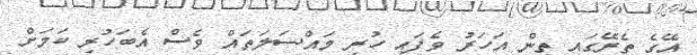
އޭގެ ތެރޭގައި ތިން އަހަރު ވެފައި ހުރި މައްސަލަތައް ވެސް އެބަހުރި ކަމަށް